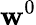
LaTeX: \mathbf{w}^{0}